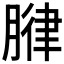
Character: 𫆧